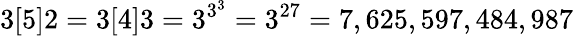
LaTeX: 3[5]2=3[4]3=3^{3^{3}}=3^{27}=7,625,597,484,987